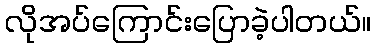
လိုအပ်ကြောင်းပြောခဲ့ပါတယ်။